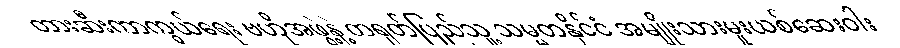
တားဆီးကာကွယ်ရေး ဗဟိုအဖွဲ့နဲ့ တရုတ်ပြည်သူ့ သမ္မတနိုင်ငံ အမျိုးသားမူးယစ်ဆေးဝါး